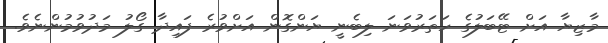
މާޒިޔާ އަށް ޓޭބަލުގެ ހަތަރުވަނަ ލިބެނީ ޔަންގޮން އަށްވުރެ ފައިދާ ގޯލު މަދުވުމުންނެވެ.